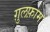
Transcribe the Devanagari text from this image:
ग़ुलफ़ाम